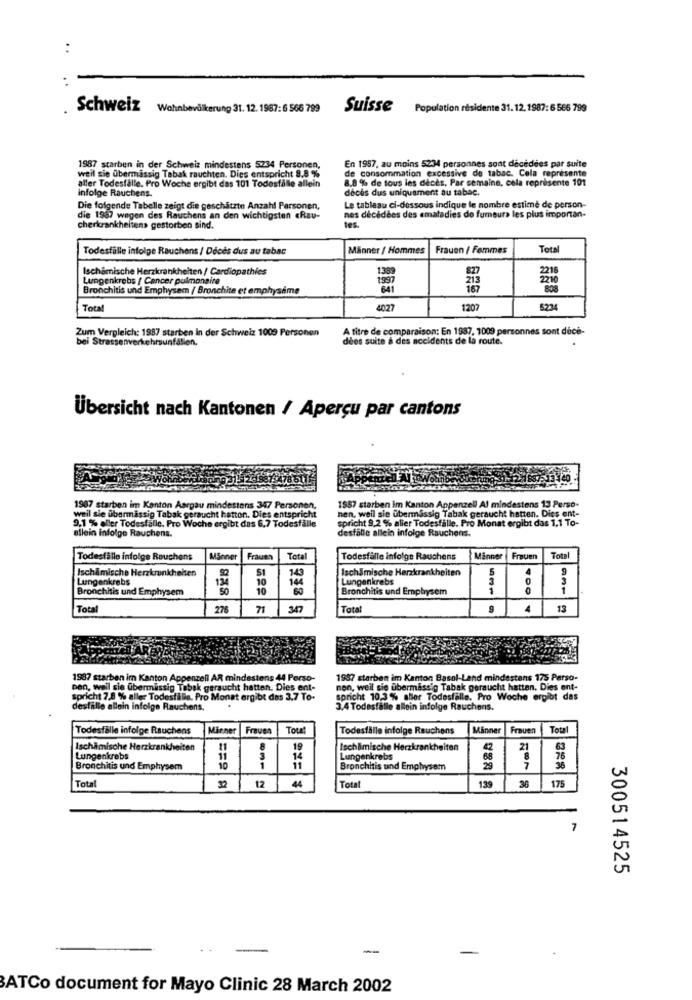
:
Schweiz
Wohnbevölkerung 31. 12. 1967:6 566 799
Suisse Population residente 31. 12. 1987: 6 566 799
En 1957, au moins 5234 personnes sont décédées par suite
1987 starben in der Schweiz mindestens 5234 Personen,
de consommation excessive de tabac. Cela représente
weil sie übermässig Tabak rauchten. Dies entspricht 9.8 %
8.8 % de tous les décès, Par semaine, cela représente 101
aller Todesfälle. Pro Woche ergibt das 101 Todesfälle allein
décès dus uniquement au tabac.
infolge Rauchens.
Die folgende Tabelle zeigt die geschätzte Anzahl Personen,
Le tableau ci-dessous indique le nombre estimé de person-
die 1987 wegen des Rauchens an den wichtigsten «Rau-
nes décidées des ematadies de fumeurs les plus importan-
cherkrankheiten> gestorben sind.
les.
Todesfälle infolge Rauchens / Décès dus au tabac
Männer / Hommes
Frauen / Femmes
Total
Ischemische Herzkrankheiten / Cardiopathies
1389
2216
Lungenkrebs / Cancer pulmonaire
1997
213
2210
Bronchitis und Emphysem / Bronchite et emphysème
Total
4027
1207
5234
A titre de comparaison; En 1987, 1009 personnes sont décé-
Zum Vergleich: 1987 starben In der Schweiz 1009 Personen
bei Strassenverkehrsunfallen.
dées suite à des accidents de la route.
Übersicht nach Kantonen / Aperçu par cantons
1987 starben im Kanton Aargau mindestens 347 Persone
1587 starben Im Kanton Appenzell Al mindestens 13 Perso-
nen, weil sie übermässig Tabak geraucht hatten. Dies ent-
weil sie übermässig Tabak geraucht hatton. Dies entspricht
9,1 % aller Todesfälle. Pro Woche ergibt das 6,7 Todesfälle
spricht 9,2 % alier Todesfälle. Pro Monat ergibt das 1,1 To-
allein infolge Rauchens.
desfalle allein infolge Rauchens.
Todesfälle infolge Rauchens
Männer
Frauth
Total
Todesfalle infolge Rauchens
Minner
Frauen
Total
Ischlmische Herzkrankheiten
S1
343
Ischamische Herzkrankheiten
Lungenkrebs
134
144
Lungenkrebs
3
0
Bronchitis und Emphysem
Bronchitis und Emphysem
1
Total
276
71
347
Total
4
13
1987 starben im Kanton Appenzell AR mindestens 44 Perso-
1987 starben im Kanton Basel-Land mindestens 175 Perso-
Den, weil sie ubermässig Tabak geraucht hatten. Dies ent-
non, weil sie ubermass'g Tabak geraucht hatten. Dies ont-
spricht 7,8 % aller Todesfälle. Pro Monat ergibt des 3.7 To-
spricht 10,3 % sher Todesfälle. Pro Woche ergibt das
desfalle allein infolge Rauchens.
3,4 Todesfalle allein infolge Rauchens.
Todesfälle infolge Rauchens
Miener
Frauen
Tou
Todesfälle infolge Rauchens
Manner
Frauen
Totz
Ischamische Herzkrankheiten
19
Isch&mische Herzkrankheiten
21
Lungenkrebs
11
14
Lungenkrebs
68
Bronchitis und Emphysem
10
1
11
Bronchitis und Emphysem
7
Tota
Total
32
12
44
139
175
7
300514525
-
BATCo document for Mayo Clinic 28 March 2002